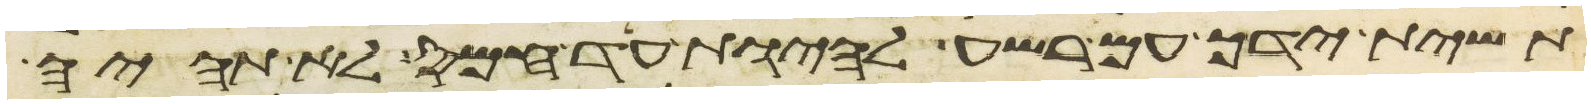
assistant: תשית ידך עם רשע להיות עד חמס לא תהיה